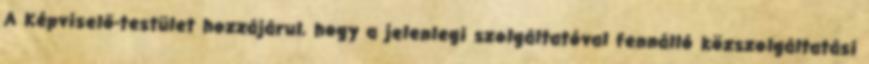
A Képviselő-testület hozzájárul, hogy a jelenlegi szolgáltatóval fennálló közszolgáltatási